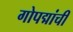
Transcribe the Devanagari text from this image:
गोपद्मांची